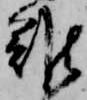
難